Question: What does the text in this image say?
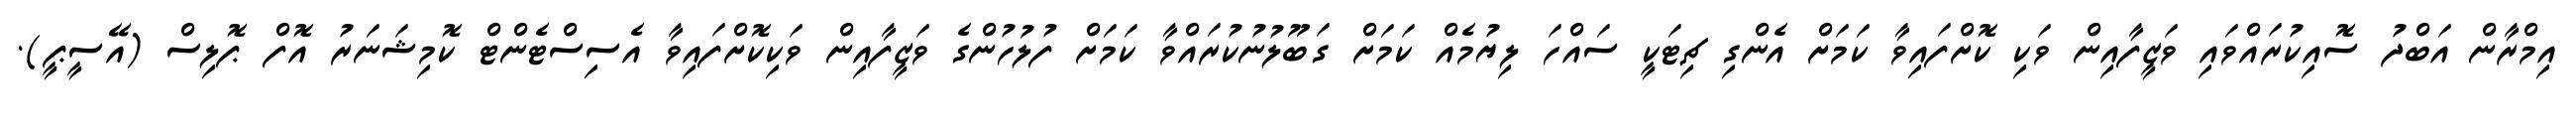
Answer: އިމްރާން އަބްދު ސޮއިކުރައްވައި ވަޒީފާއިން ވަކި ކޮށްފައިވާ ކަމަށް އެންގި ޗިޓަކީ ސައްހަ ލިޔުމެއް ކަމަށް ގަބޫލުނުކުރައްވާ ކަމަށް ފުލުހުންގެ ވަޒީފާއިން ވަކިކޮށްފައިވާ އެސިސްޓެންޓް ކޮމިޝަނަރު އޮފް ޕޮލިސް (އޭސީޕީ).